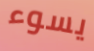
يسوء